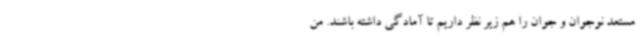
مستعد نوجوان و جوان را هم زیر نظر داریم تا آمادگی داشته باشند. من